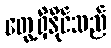
တွေ့ရှိနိုင်သည်